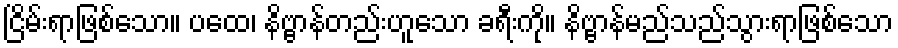
ငြိမ်းရာဖြစ်သော။ ပထေ၊ နိဗ္ဗာန်တည်းဟူသော ခရီးကို။ နိဗ္ဗာန်မည်သည်သွားရာဖြစ်သော